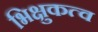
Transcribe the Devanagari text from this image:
भिक्षुकत्व